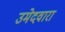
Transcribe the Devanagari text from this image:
उमेदवारा